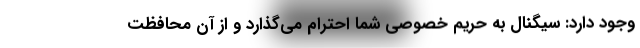
وجود دارد: سیگنال به حریم خصوصی شما احترام می‌گذارد و از آن محافظت